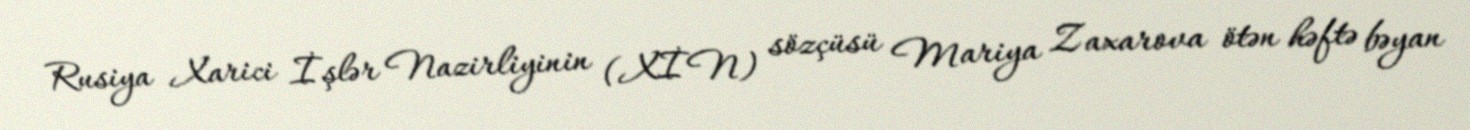
Rusiya Xarici İşlər Nazirliyinin (XİN) sözçüsü Mariya Zaxarova ötən həftə bəyan